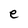
Character: e